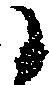
に